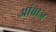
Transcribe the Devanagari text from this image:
आंब्राज